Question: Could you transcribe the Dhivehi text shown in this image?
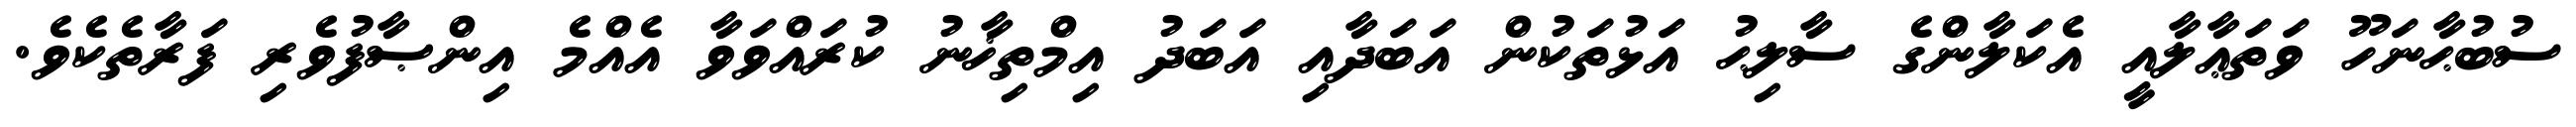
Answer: ސުބުޙާނަހޫ ވަތަޢާލާއީ އެކަލާންގެ ސާލިޙު އަޅުތަކުން އަބަދާއި އަބަދު އިމްތިޚާނު ކުރައްވަވާ އެއްމެ އިންޞާފުވެރި ފަރާތެކެވެ.